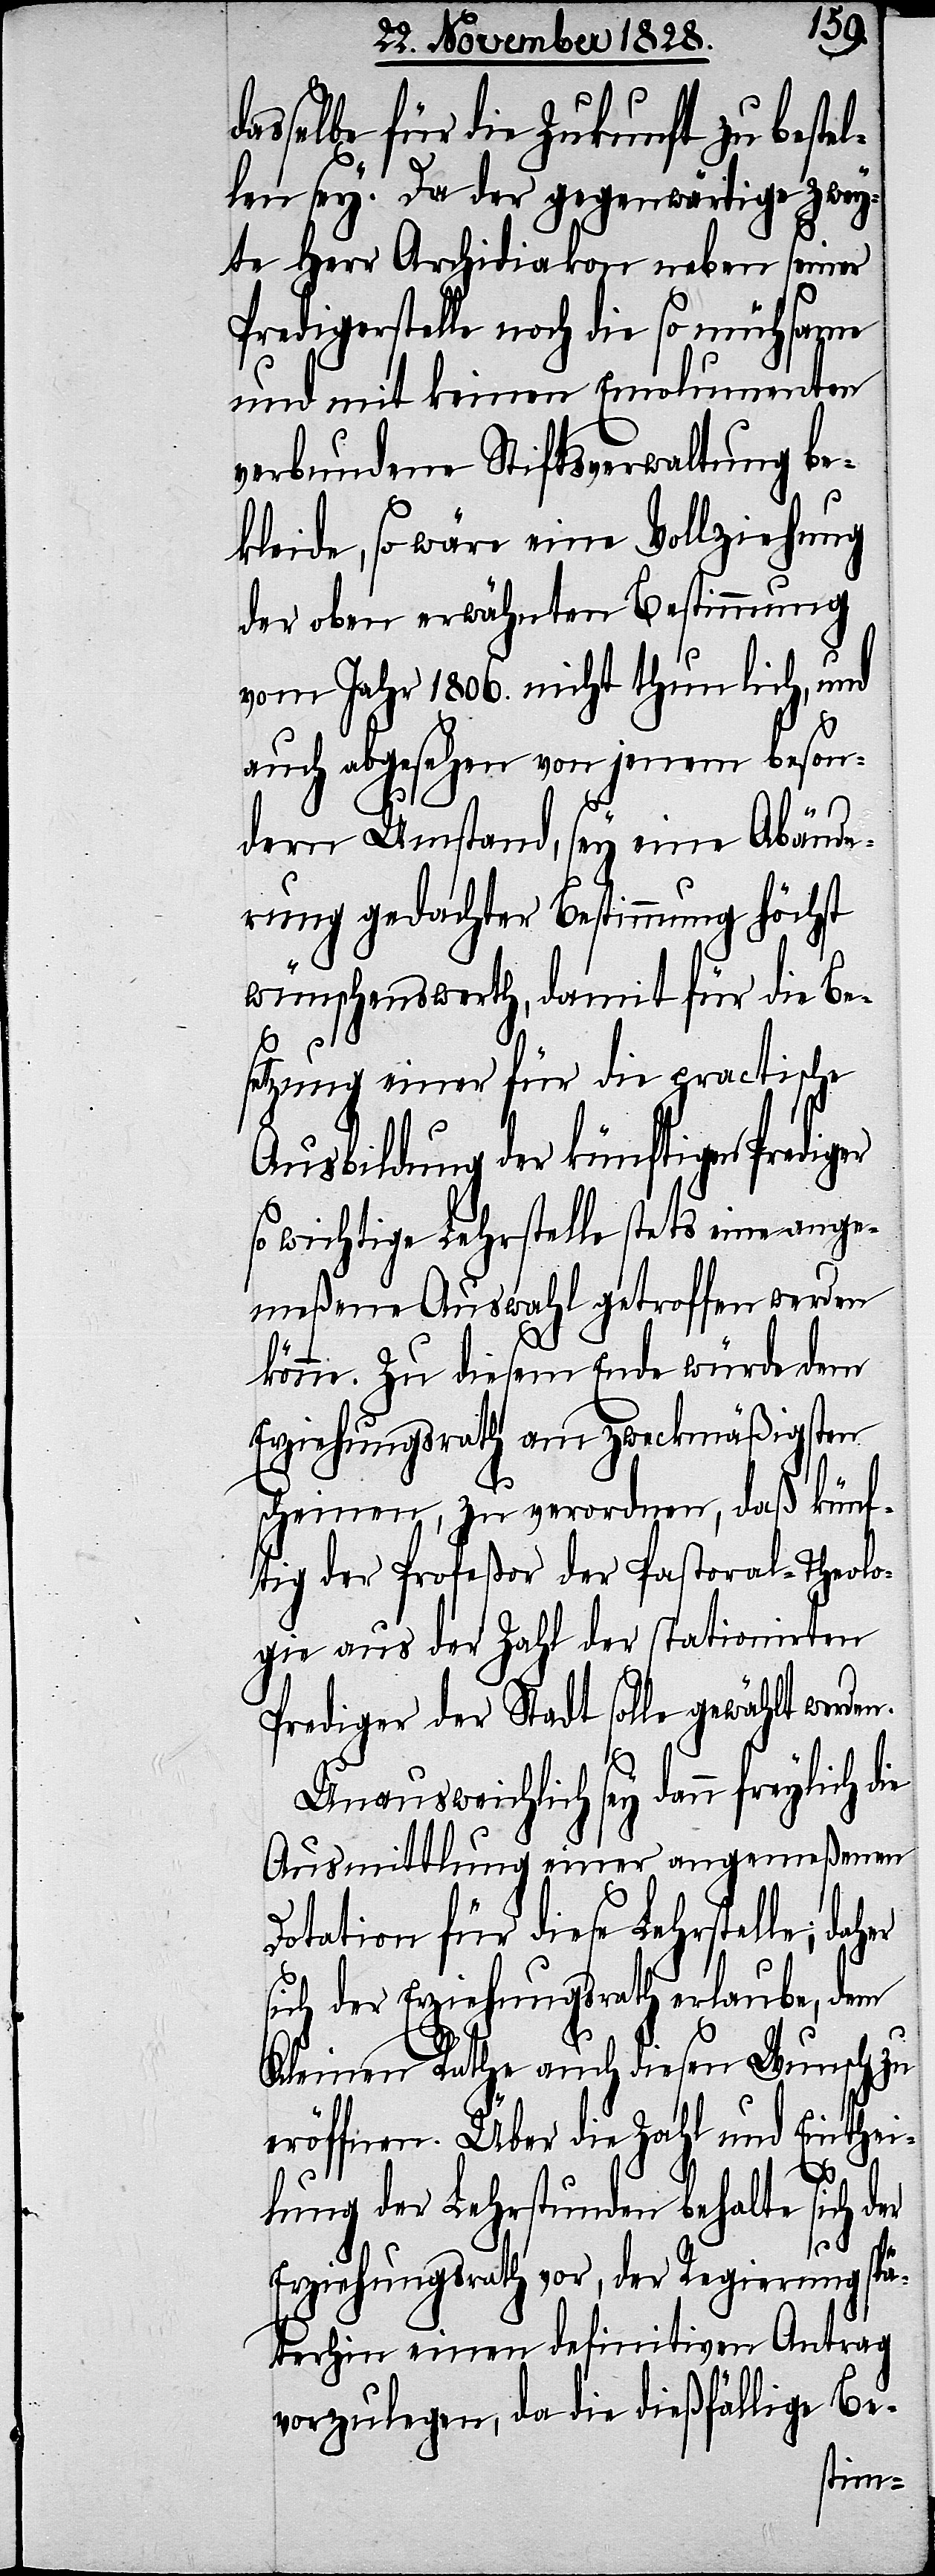
dasselbe für die Zukunft zu bestel¬
len sey. Da der gegenwärtige zwey¬
te Herr Archidiakon neben seiner
Predigerstelle noch die so mühsame
und mit keinen Emolumenten
verbundene Stiftsverwaltung be¬
kleide, so wäre eine Vollziehung
der oben erwähnten Bestimmung
vom Jahr 1806. nicht thunlich, und
auch abgesehen von jenem beson¬
dern Umstand, sey eine Abände¬
rung bedachter Bestimmung höchst
wünschenswerth, damit für die Be¬
setzung einer für die practische
Ausbildung der künftigen Prediger
so wichtige Lehrstelle stets eine ange¬
meßene Auswahl getroffen werden
könne. Zu diesem Ende würde dem
Erziehungsrath am zweckmäßigsten
scheinen, zu verordnen, daß künf¬
tig der Profeßor der Pastoral-Theolo¬
gie aus der Zahl der stationirten
Prediger der Stadt solle gewählt werden.
Unausweichlich sey dann freylich die
Ausmittlung einer angemeßenen
Dotation für diese Lehrstelle; daher
sich der Erziehungsrath erlaube, dem
Kleinen Rathe auch diesen Wunsch zu
eröffnen. Über die Zahl und Einthei¬
lung der Lehrstunden behalte sich der
Erziehungsrath vor, der Regierung spä¬
terhin einen definitiven Antrag
vorzulegen, da die dießfällige Be-